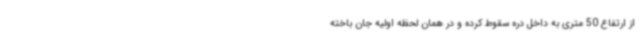
از ارتفاع 50 متری به داخل دره سقوط کرده و در همان لحظه اولیه جان باخته